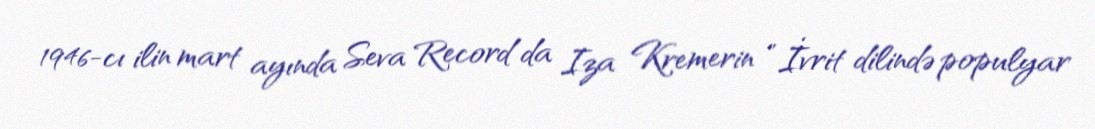
1946-cı ilin mart ayında Seva Recordʼda Iza Kremerin " İvrit dilində populyar